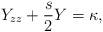
LaTeX: \begin{align*}Y_{zz} + \frac{s}{2} Y = \kappa,\end{align*}